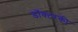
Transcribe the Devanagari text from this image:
डॉक्टरकी